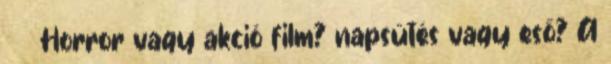
Horror vagy akció film? napsütés vagy eső? A